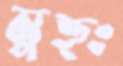
মুহুঃ